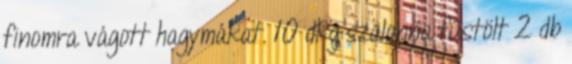
finomra vágott hagymákat. 10 dkg szalonna füstölt 2 db